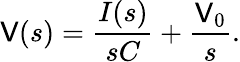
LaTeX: \mathsf{V}(s)={\frac{{I(s)}}{{sC}}}+{\frac{{\mathsf{V}_{0}}}{{s}}}.